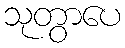
သုတွာပေ